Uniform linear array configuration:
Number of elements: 16
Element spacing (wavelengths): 0.75
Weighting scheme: cosine
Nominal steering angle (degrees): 45
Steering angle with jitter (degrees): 44.517
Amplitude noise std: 0.05
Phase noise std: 0.05

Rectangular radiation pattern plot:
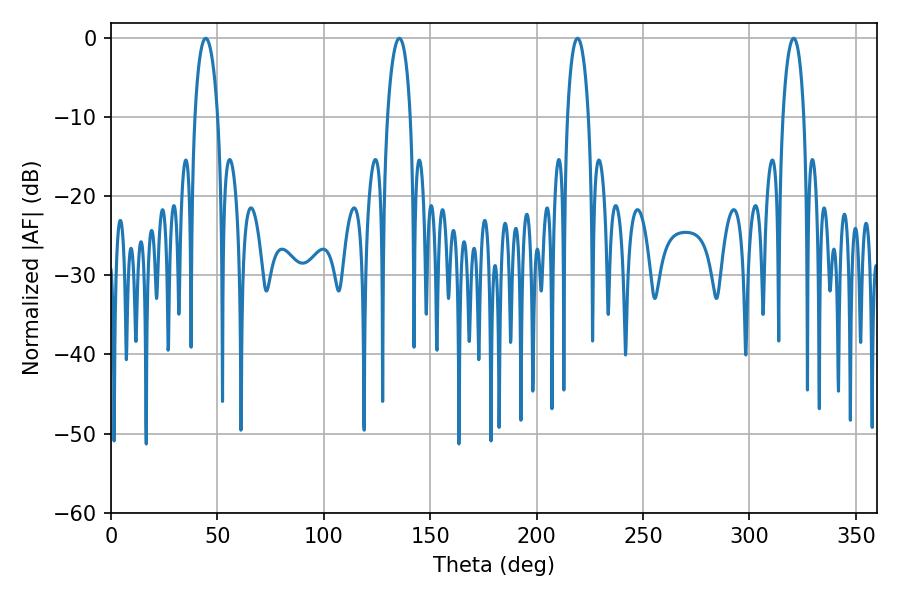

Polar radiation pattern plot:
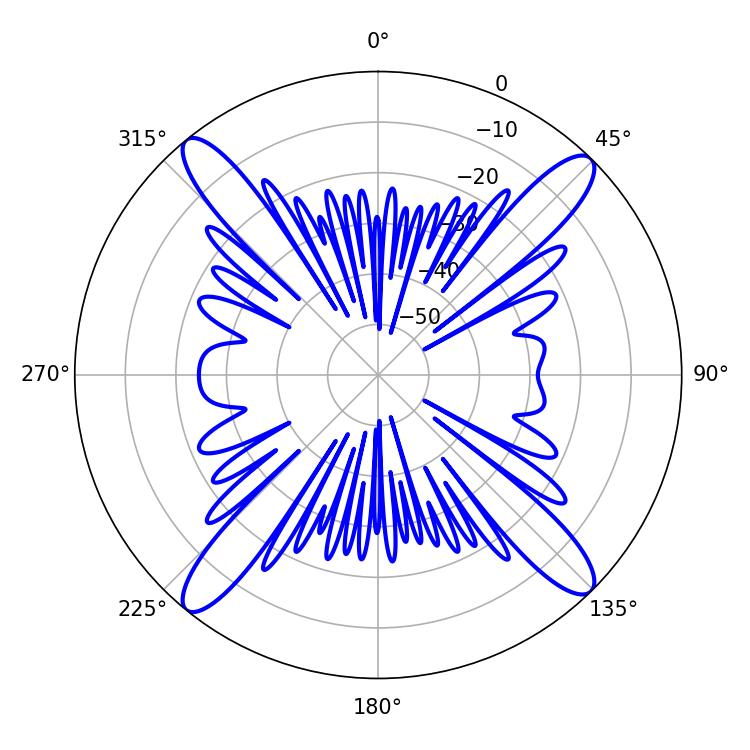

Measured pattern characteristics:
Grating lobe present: TRUE
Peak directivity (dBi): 18.678
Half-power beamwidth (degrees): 5.58
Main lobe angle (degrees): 320.76